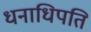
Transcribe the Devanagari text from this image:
धनाधिपति